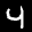
Label: 4